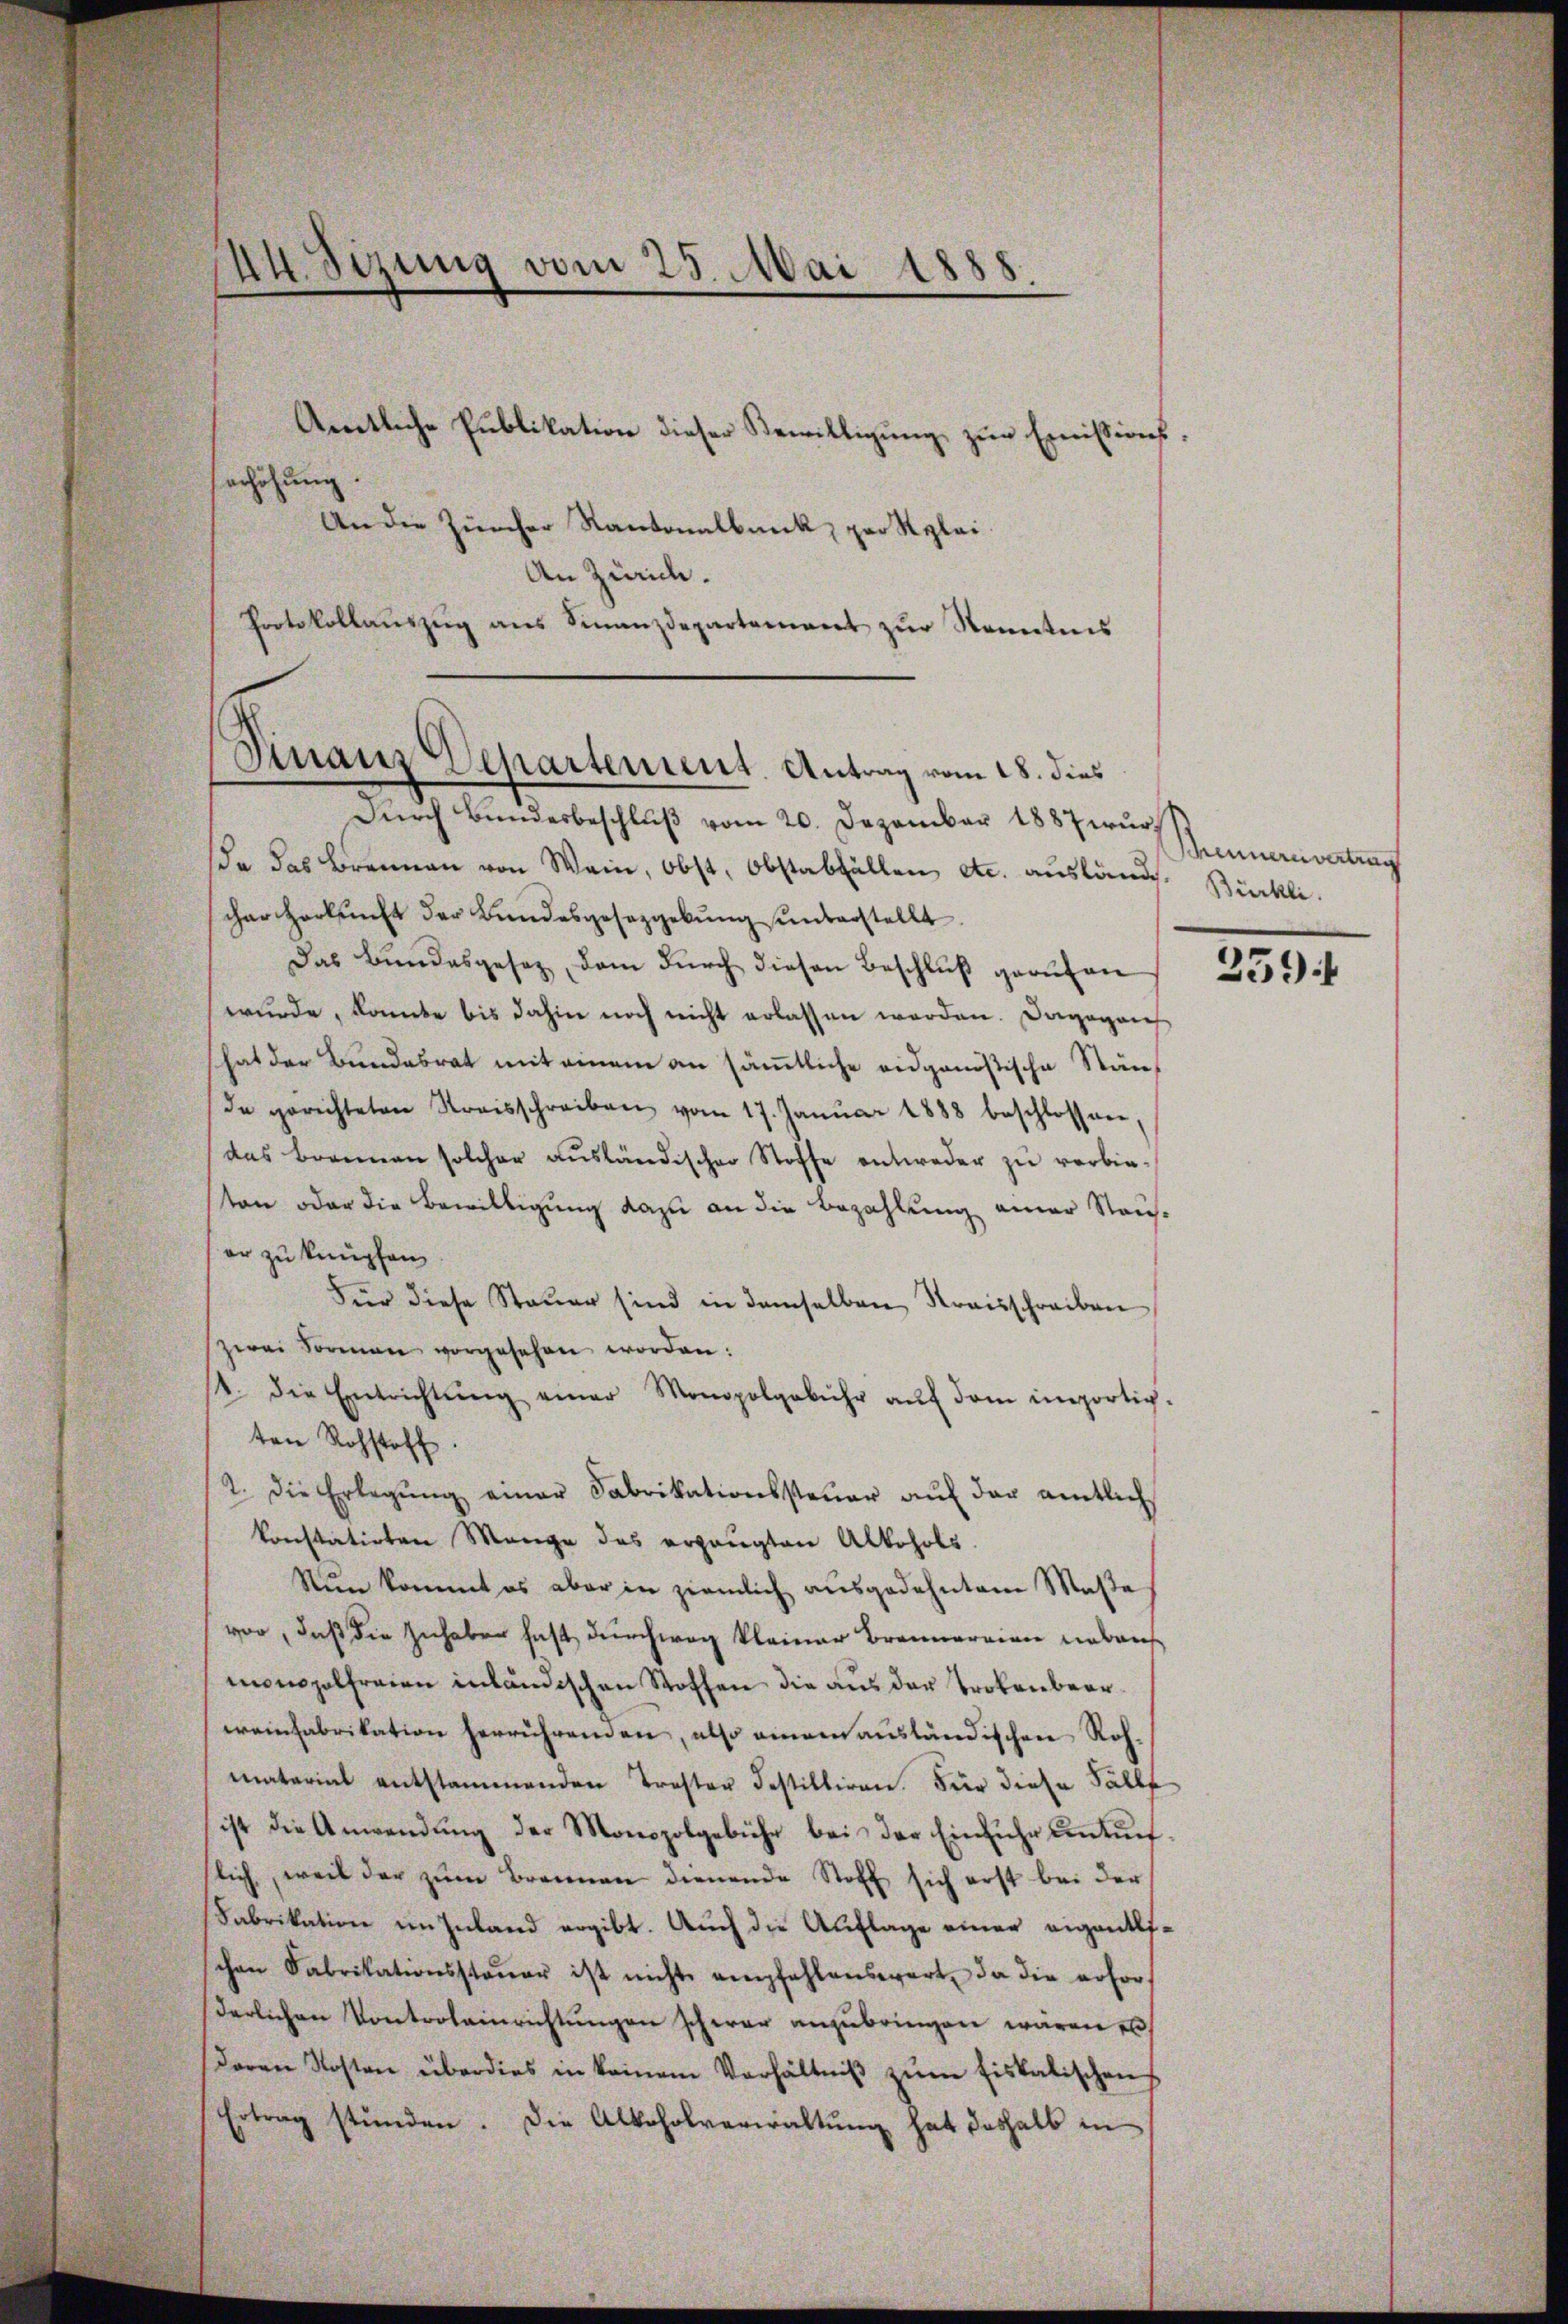
44. Sizung vom 25. Mai 1888
.

erhöhung.

Amtliche Publikation dieser Bewilligung zur Emissions¬
An die Zürcher Kantonalbank, per Reglei
An Zürich.
Protokollaŭszŭg ans Finanzdepartement zŭr Kenntnis

Finanz Departement. Antrag vom 18. dies

Durch Bundesbeschluß vom 20. Dezember 1887 wura das Brennen von Wein, Obst, Obstabfällen etc. ausländ. Stücklicher Herkunft der Bundesgesetzgebung unterstellt.
Das Bundesgesez, dem dŭrch diesen Beschluß gerufen
wurde, konnte bis dahin noch nicht erlassen werden. Dagegan
hat der Bundesrat mit einem an sämtliche eidgenößische Stände gerichteten Streisschreiben vom 17. Janŭar 1888 beschlossen,
das Brennen solcher aŭsländischen Stoffe entweder zu verbinton oder die Bewilligung dazu an die Bezahlung einer Stauser zu knüpfen
Für diese Steuer sind in demselben Kraisschreiben
zwei Formann vorgesehen worden:
1. die Entrichtŭng einer Monopolgebühr aŭf dem importigten Rohstoff.
2. Die Erlegŭng einer Fabrikationssteŭer aŭf der amtlich
konstatirten Mange des ergaŭgten Alkohols.
Nun kommt es aber in ziemlich ausgedehntem Maße
vor, daß die Inhaben fast durchweg kleiner Brennereien unbaus
monopolfreien inländischen Stoffen die aus der Trokenbeerweinfabrikation herrührenden, also einem ausländischen Rohmaterial entstammenden Troster Festilliren. Für diese Fälle
ist die Anwendung der Monopolgebühr bei der Einfuhr unkunf
slich, weil der zŭm Brennen dienende Stoff sich erst bei der
Fabrikation im Inland ergibt. Auch die Auflage einer eigentlischen Fabrikationssteŭer ist nicht empfehlenswert, da die erfor-
derlichen Kontroleinrichtŭngen schwer anzubringen wären en
Doren Kosten überdies in keinem Verhältniβ zŭm Fiskalischen
Ertrag stünden. Die Alkoholverwaltŭng hat deshalb in

Schennernvertrag

259 f